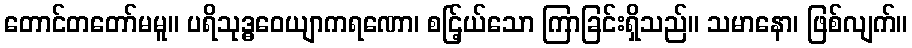
တောင်တတော်မမူ။ ပရိသုဒ္ဓဝေယျာကရဏော၊ စင်ြ့ယ်သော ကြာခြင်းရှိသည်။ သမာနော၊ ဖြစ်လျက်။